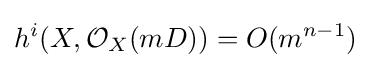
h^{i}(X,{\mathcal {O}}_{X}(mD))=O(m^{n-1})